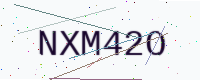
Text: NXM42O